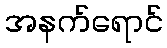
အနက်ရောင်